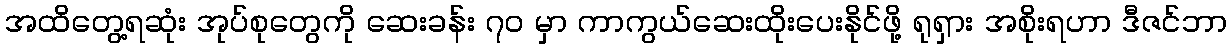
အထိတွေ့ရဆုံး အုပ်စုတွေကို ဆေးခန်း ၇၀ မှာ ကာကွယ်ဆေးထိုးပေးနိုင်ဖို့ ရုရှား အစိုးရဟာ ဒီဇင်ဘာ